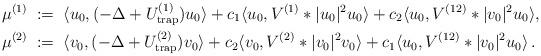
LaTeX: \begin{align*} \mu^{(1)}\;&:=\; \langle u_0,(-\Delta+U_{\rm trap}^{(1)})u_0\rangle+c_1\langle u_0, V^{(1)}*|u_0|^2u_0\rangle+c_2 \langle u_0,V^{(12)}*|v_0|^2u_0\rangle,\\\mu^{(2)}\;&:=\; \langle v_0,(-\Delta+U_{\rm trap}^{(2)})v_0\rangle+c_2 \langle v_0, V^{(2)}*|v_0|^2v_0\rangle+c_1 \langle u_0,V^{(12)}*|v_0|^2u_0\rangle\,.\end{align*}